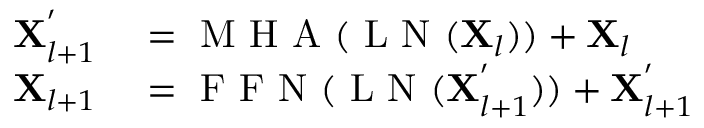
\begin{array} { r l } { \mathbf { X } _ { l + 1 } ^ { ' } } & { { } = \mathrm { ~ M ~ H ~ A ~ } ( \mathrm { ~ L ~ N ~ } ( \mathbf { X } _ { l } ) ) + \mathbf { X } _ { l } } \\ { \mathbf { X } _ { l + 1 } } & { { } = \mathrm { ~ F ~ F ~ N ~ } ( \mathrm { ~ L ~ N ~ } ( \mathbf { X } _ { l + 1 } ^ { ' } ) ) + \mathbf { X } _ { l + 1 } ^ { ' } } \end{array}